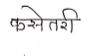
मजकूर: कसेतरी